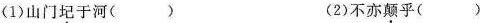
(1)山门圮于河() (2)不亦颠乎()